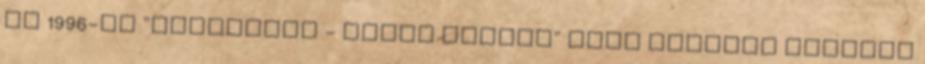
az 1996-os "Szélvihar - White Squall" című alkotás kapcsán